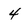
Character: 4